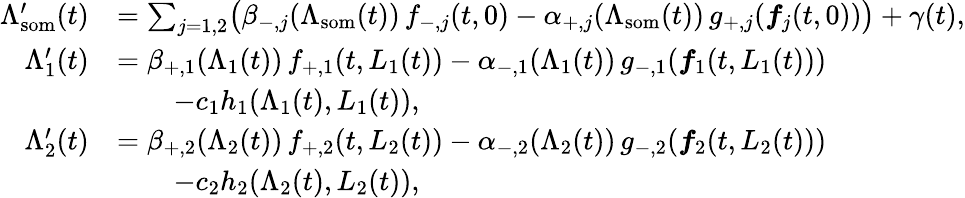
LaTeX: \begin{array}{rl}{\Lambda_{\mathrm{som}}^{\prime}(t)}&{=\sum_{j=1,2}\bigl(\beta_{-,j}(\Lambda_{\mathrm{som}}(t))\, f_{-,j}(t,0)-\alpha_{+,j}(\Lambda_{\mathrm{som}}(t))\, g_{+,j}(\boldsymbol{f}_{j}(t,0))\bigr)+\gamma(t),}\\ {\Lambda_{1}^{\prime}(t)}&{=\beta_{+,1}(\Lambda_{1}(t))\, f_{+,1}(t,L_{1}(t))-\alpha_{-,1}(\Lambda_{1}(t))\, g_{-,1}(\boldsymbol{f}_{1}(t,L_{1}(t)))}\\ &{\qquad-c_{1}h_{1}(\Lambda_{1}(t),L_{1}(t)),}\\ {\Lambda_{2}^{\prime}(t)}&{=\beta_{+,2}(\Lambda_{2}(t))\, f_{+,2}(t,L_{2}(t))-\alpha_{-,2}(\Lambda_{2}(t))\, g_{-,2}(\boldsymbol{f}_{2}(t,L_{2}(t)))}\\ &{\qquad-c_{2}h_{2}(\Lambda_{2}(t),L_{2}(t)),}\end{array}